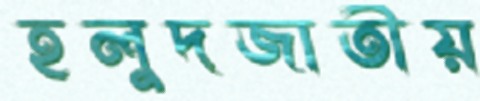
হলুদজাতীয়